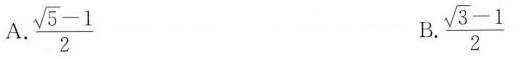
A. \frac{\sqrt{5}-1}{2} B. \frac{\sqrt{3}-1}{2}